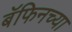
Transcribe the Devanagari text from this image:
बॅफिनच्या